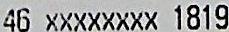
46 XXXXXXXX 1819